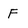
Character: F